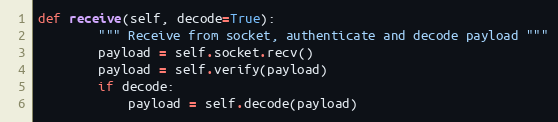
Language: Python
def receive(self, decode=True):
        """ Receive from socket, authenticate and decode payload """
        payload = self.socket.recv()
        payload = self.verify(payload)
        if decode:
            payload = self.decode(payload)